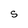
Character: S